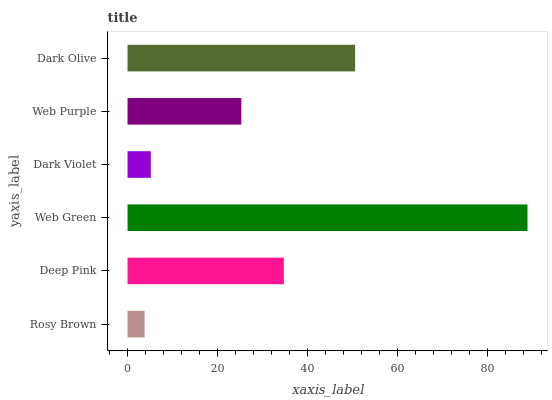
| yaxis_label | bars |
 | --- | --- |
 | Rosy Brown | 3.79 |
 | Deep Pink | 34.7 |
 | Web Green | 88.8 |
 | Dark Violet | 5.17 |
 | Web Purple | 25.3 |
 | Dark Olive | 50.5 |